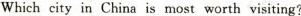
Which city in China is most worth visiting?